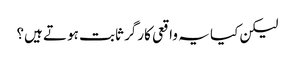
لیکن کیا یہ واقعی کارگر ثابت ہوتے ہیں؟